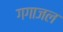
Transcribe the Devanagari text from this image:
गगाजल